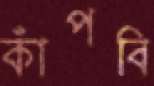
কাঁপবি